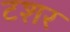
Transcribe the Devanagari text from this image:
टशर